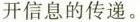
开信息的传递。